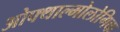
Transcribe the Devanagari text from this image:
ओफ्थाल्मोलोगिक